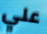
علي